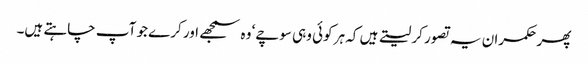
پھر حکمران یہ تصور کر لیتے ہیں کہ ہر کوئی وہی سوچے‘ وہ سمجھے اور کرے جو آپ چاہتے ہیں۔